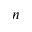
n